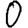
Digit: 0